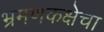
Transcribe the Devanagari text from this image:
भ्रमणकक्षेचा